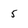
Character: 5